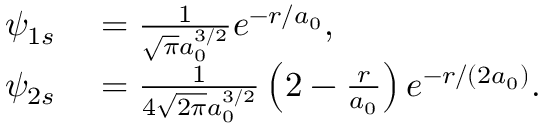
\begin{array} { r l } { \psi _ { 1 s } } & { { } = \frac { 1 } { \sqrt \pi a _ { 0 } ^ { 3 / 2 } } e ^ { - r / a _ { 0 } } , } \\ { \psi _ { 2 s } } & { { } = \frac { 1 } { 4 \sqrt { 2 \pi } a _ { 0 } ^ { 3 / 2 } } \left( 2 - \frac { r } { a _ { 0 } } \right) e ^ { - r / ( 2 a _ { 0 } ) } . } \end{array}